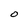
Character: O